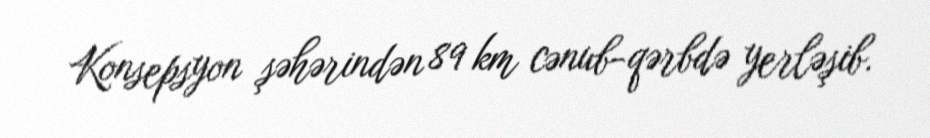
Konsepsyon şəhərindən 89 km cənub-qərbdə yerləşib.